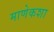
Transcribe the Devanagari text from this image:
माणेकशा